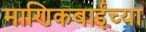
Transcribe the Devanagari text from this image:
माणिकबाईंच्या